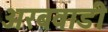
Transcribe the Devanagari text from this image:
अरबवाडी